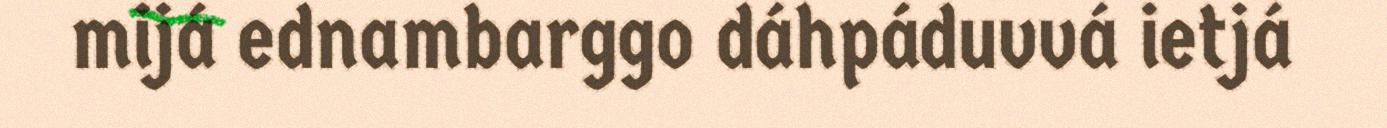
mijá ednambarggo dáhpáduvvá ietjá